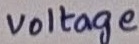
Text: voltage